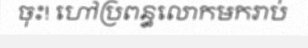
ចុះ! ហៅប្រពន្ធលោកមករាប់